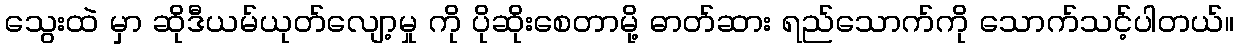
သွေးထဲ မှာ ဆိုဒီယမ်ယုတ်လျော့မှု ကို ပိုဆိုးစေတာမို့ ဓာတ်ဆား ရည်သောက်ကို သောက်သင့်ပါတယ်။